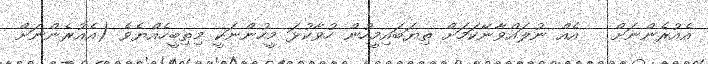
އެއުރެންނަށް   އެއް ނުލައްވާނޭކަމަށް ތިޔަބައިމީހުން ހުވާކުޅަ މީހުންނަކީ މިތިބީހެއްޔެވެ (އެއުރެންނަށް